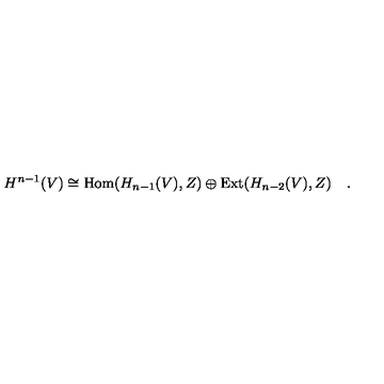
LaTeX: H ^ { n - 1 } ( V ) \cong \mathrm { H o m } ( H _ { n - 1 } ( V ) , Z ) \oplus \mathrm { E x t } ( H _ { n - 2 } ( V ) , Z ) \quad .